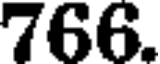
766.